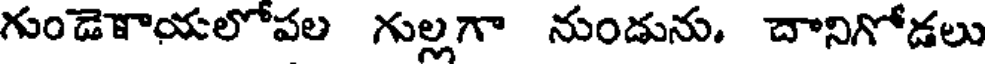
గుండెాయలోపల గుల్లగా నుండును. దానిగోడలు